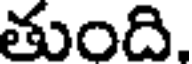
తుంది,